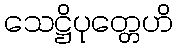
သေဋ္ဌိပုတ္တေဟိ